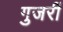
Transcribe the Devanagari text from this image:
गुजरीं